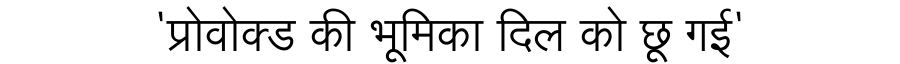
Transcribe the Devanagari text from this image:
'प्रोवोक्ड की भूमिका दिल को छू गई'